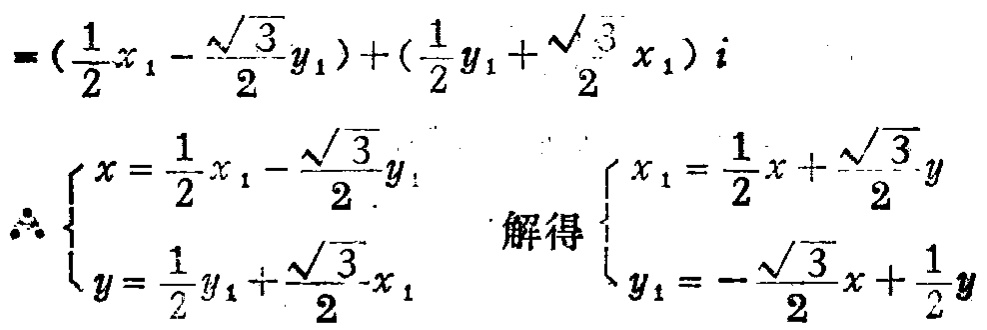
\[
\begin{align*}
&=(\frac{1}{2}x_1 - \frac{\sqrt{3}}{2}y_1)+(\frac{1}{2}y_1+\frac{\sqrt{3}}{2}x_1)i\\
\therefore
\begin{cases}
x = \frac{1}{2}x_1 - \frac{\sqrt{3}}{2}y_1\\
y = \frac{1}{2}y_1+\frac{\sqrt{3}}{2}x_1
\end{cases}
\quad
\text{解得}
\begin{cases}
x_1 = \frac{1}{2}x+\frac{\sqrt{3}}{2}y\\
y_1 = -\frac{\sqrt{3}}{2}x+\frac{1}{2}y
\end{cases}
\end{align*}
\]